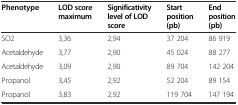
<table><thead><tr><td><b>Phenotype</b></td><td><b>LOD score maximum</b></td><td><b>Significativity level of LOD score</b></td><td><b>Start position (pb)</b></td><td><b>End position (pb)</b></td></tr></thead><tbody><tr><td>SO2</td><td>3,36</td><td>2,94</td><td>37 204</td><td>86 919</td></tr><tr><td>Acetaldehyde</td><td>3,77</td><td>2,90</td><td>45 024</td><td>88 277</td></tr><tr><td>Acetaldehyde</td><td>3,09</td><td>2,90</td><td>89 704</td><td>142 204</td></tr><tr><td>Propanol</td><td>3,45</td><td>2,92</td><td>52 204</td><td>89 154</td></tr><tr><td>Propanol</td><td>3,83</td><td>2,92</td><td>119 704</td><td>147 194</td></tr></tbody></table>